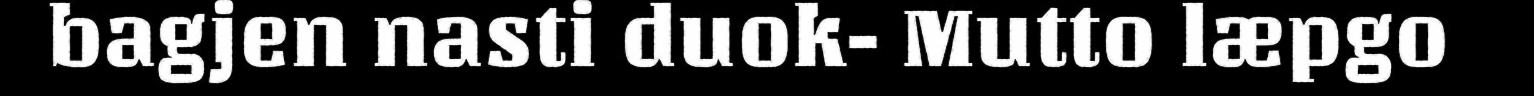
bagjen nasti duok- Mutto læpgo